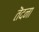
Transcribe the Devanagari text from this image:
तॆदना